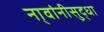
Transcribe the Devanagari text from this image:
ना्वांनीसुद्धा